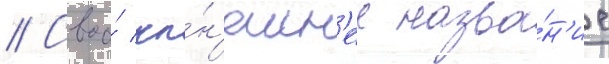
// Своо́ ны́н'ешн'ее назва́н'ие